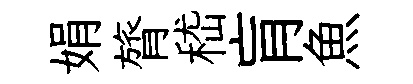
娟膂嵇肓魚